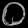
Digit: ၀